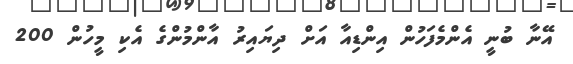
އޭނާ ބުނީ އެންމެފަހުން އިންޑިއާ އަށް ދިޔައިރު އާންމުންގެ އެކި މީހުން 200